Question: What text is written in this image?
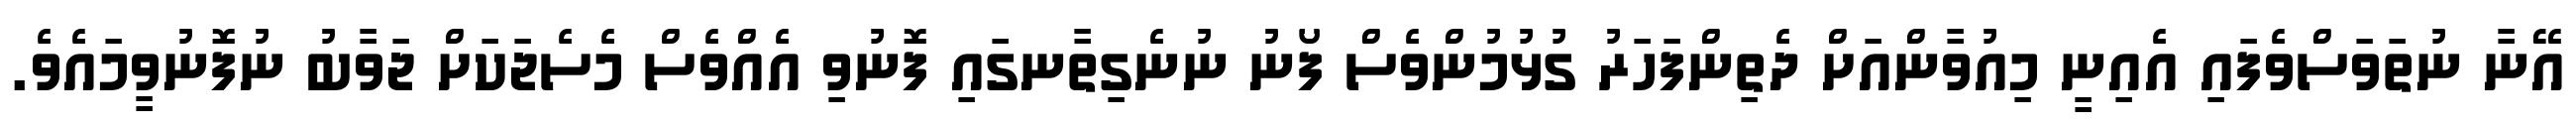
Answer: އޭނާ ނުތަވަސްވެފައި އެއިނީ މިއުވާންއަށް ދެތިންފަހަރު ގުޅުމުންވެސް ފޯނު ނުނެގިތާނގައި ފޮނުވި އެއްވެސް މެސެޖަކަށް ޖަވާބު ނުފޮނުވީމައެވެ.